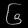
Digit: ၆